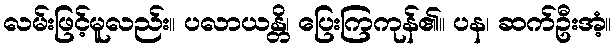
လမ်းဖြင့်မူလည်း။ ပလာယန္တိ၊ ပြေးကြကုန်၏။ ပန၊ ဆက်ဦးအံ့။